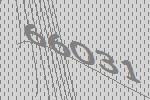
66031